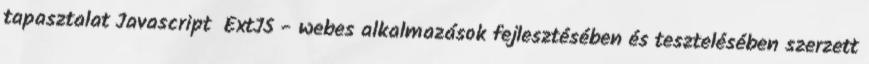
tapasztalat Javascript ExtJS - webes alkalmazások fejlesztésében és tesztelésében szerzett